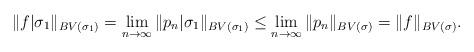
LaTeX: \begin{align*}\|f|\sigma_1\|_{BV(\sigma_1)} = \lim_{n\to\infty}\|p_n|\sigma_1\|_{BV(\sigma_1)} \leq \lim_{n\to\infty}\|p_n\|_{BV(\sigma)} = \|f\|_{BV(\sigma)}.\end{align*}